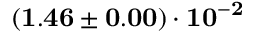
\mathbf { ( 1 . 4 6 \pm 0 . 0 0 ) \cdot 1 0 ^ { - 2 } }